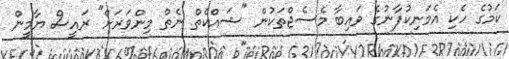
ކަމުގެ ހެކި އެމަނިކުފާނުގެ ވައިބާ މެސެޖްތަކުން "ޝައްކެތް ނެތް މިންވަރަށް" ރައީސް ޔާމީން